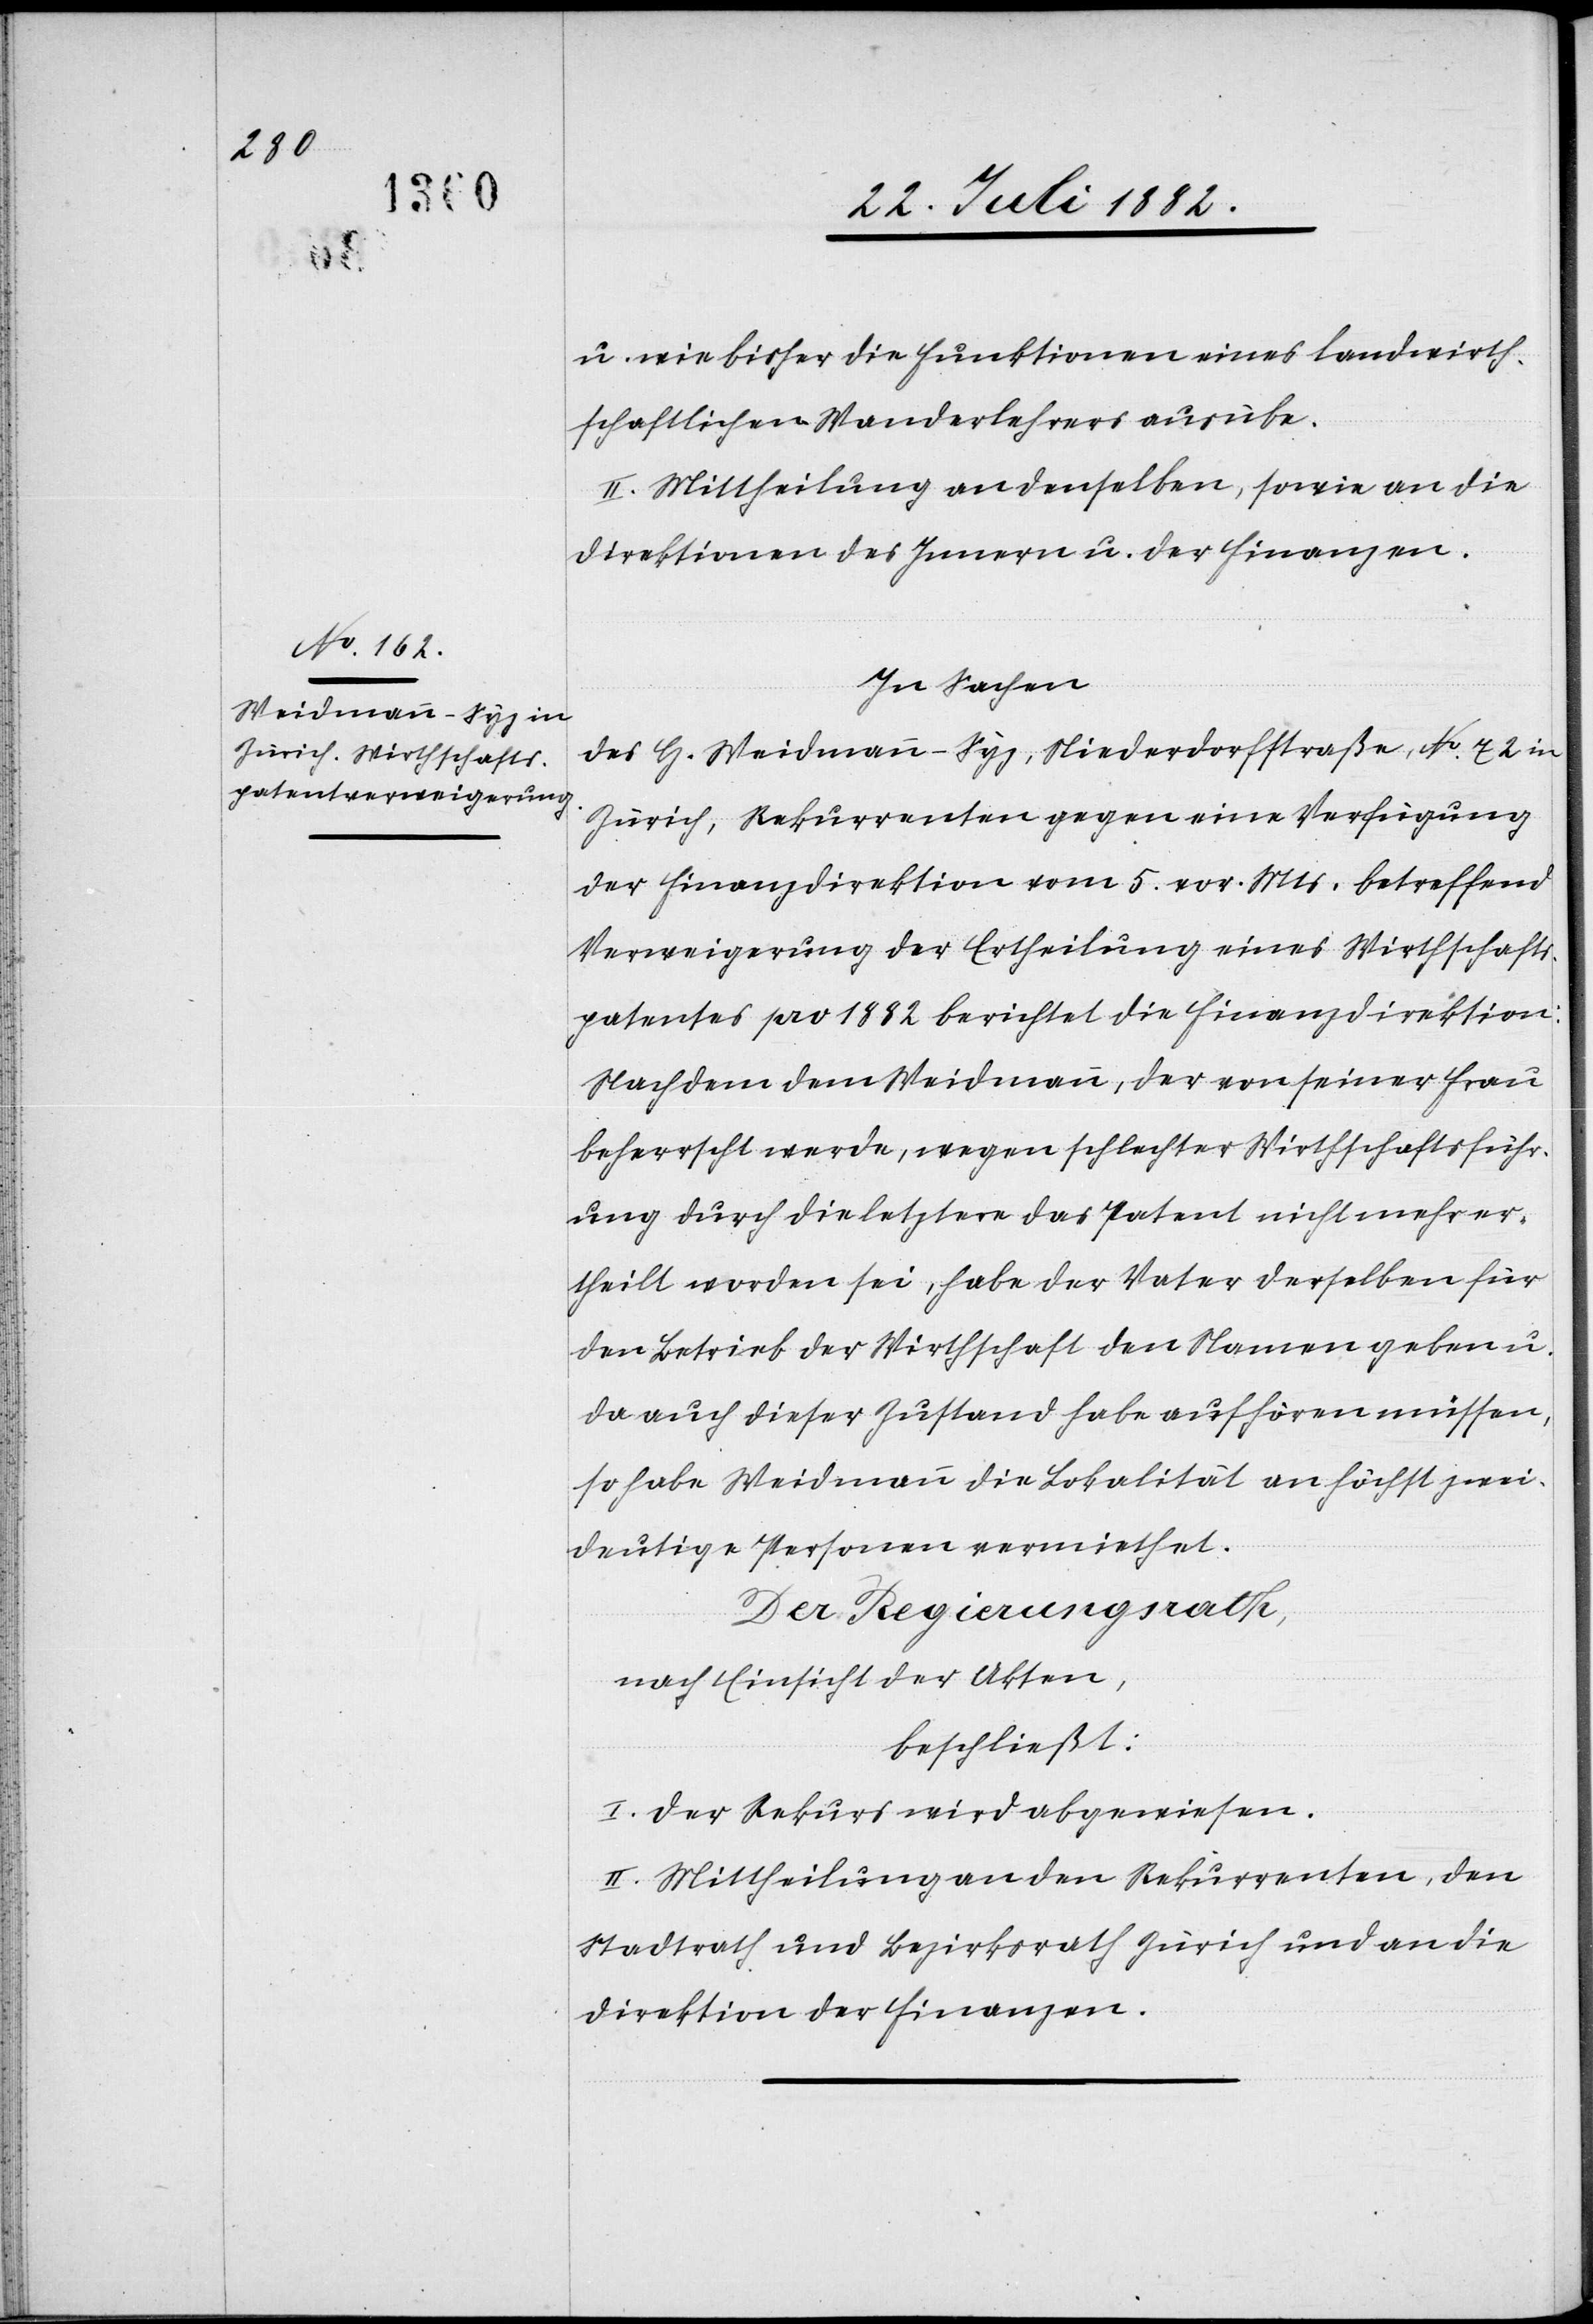
u. wie bisher die Funktionen eines landwirth¬
schaftlichen Wanderlehrers ausübe.
II. Mittheilung an denselben, sowie an die
Direktionen des Innern u. der Finanzen.
In Sachen
des H[erren] Weidmann-Syz, Niederdorfstraße, No 72 in
Zürich, Rekurrenten gegen eine Verfügung
der Finanzdirektion vom 5. vor. Mts. betreffend
Verweigerung der Ertheilung eines Wirthschafts¬
patentes pro 1882 berichtet die Finanzdirektion:
Nachdem dem Weidmann, der von seiner Frau
beherrscht werde, wegen schlechter Wirthschaftsführ¬
ung durch die letztere das Patent nicht mehr er¬
theilt worden sei, habe der Vater derselben für
den Betrieb der Wirthschaft den Namen geben u.
da auch dieser Zustand habe aufhören müssen,
so habe Weidmann die Lokalität an höchst zwei¬
deutige Personen vermiethet.
Der Regierungsrath,
nach Einsicht der Akten,
beschließt:
I. Der Rekurs wird abgewiesen.
II. Mittheilung an den Rekurrenten, den
Stadtrath und Bezirksrath Zürich und an die
Direktion der Finanzen.